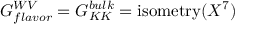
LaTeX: G _ { f l a v o r } ^ { W V } = G _ { K K } ^ { b u l k } = \mathrm { i s o m e t r y } ( X ^ { 7 } )